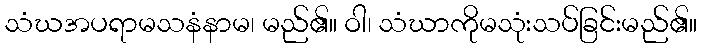
သံဃအပရာမသနံနာမ၊ မည်၏။ ဝါ၊ သံဃာကိုမသုံးသပ်ခြင်းမည်၏။